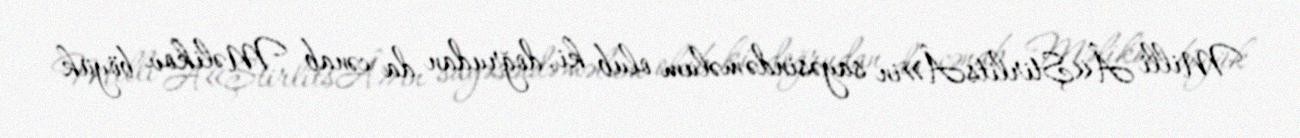
Milli Â«ŞtirlitsÂ»in sayəsində məlum olub ki, doğrudan da cənab Məlikov böyük